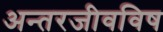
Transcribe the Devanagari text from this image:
अन्तरजीवविष